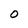
Character: 0